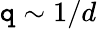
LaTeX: \mathtt{q}\sim1/d